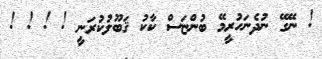
! ނޭގޭ ނުދެނަހުރީމޭ ބުންޏަސް ކާކު ޤަބޫލުކުރަނީ ! ! ! !